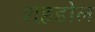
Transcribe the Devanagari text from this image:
शह़डोल